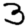
Digit: 3